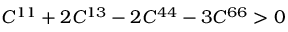
C ^ { 1 1 } + 2 C ^ { 1 3 } - 2 C ^ { 4 4 } - 3 C ^ { 6 6 } > 0